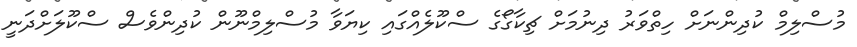
މުސްލިމް ކުދިންނަށް ހިތްވަރު ދިނުމަށް ޗިކާގޯގެ ސްކޫލެއްގައި ކިޔަވާ މުސްލިމްނޫން ކުދިންވެސް ސްކޫލަށްދަނީ